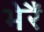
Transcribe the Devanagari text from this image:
भेरैं